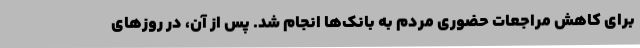
برای کاهش مراجعات حضوری مردم به بانک‌ها انجام شد. پس از آن، در روزهای